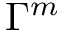
\Gamma ^ { m }